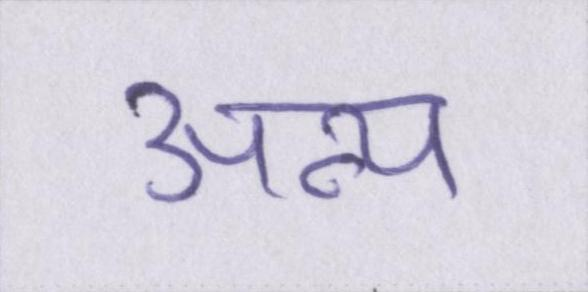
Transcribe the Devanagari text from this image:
अन्य